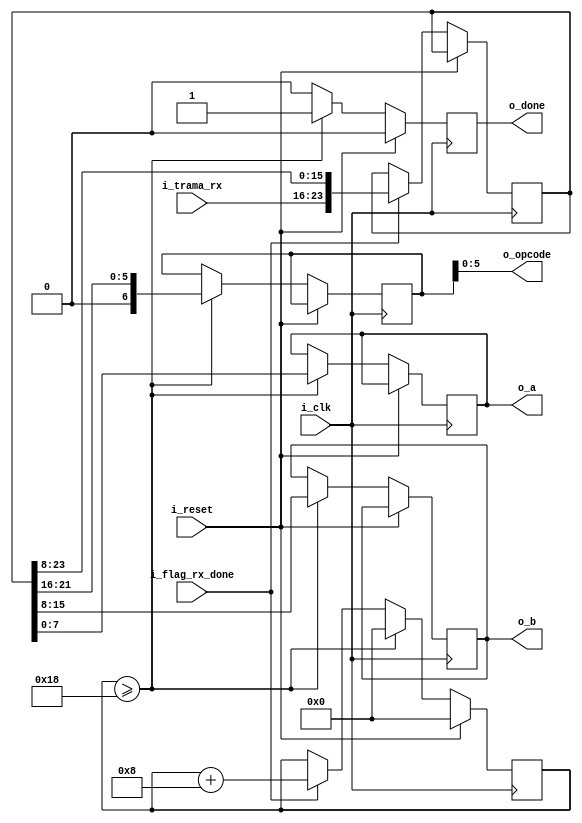
`timescale 1ns / 1ps

//////////////////////////////////////////////////////////////////////////////////
// Company: 
// Engineer: 
// 
// Design Name: 
// Module Name: INTERFAZ
// Project Name: 
// Target Devices: 
// Tool Versions: 
// Description: 
// 
// Dependencies: 
// 
// Revision:
// Revision 0.01 - File Created
// Additional Comments:
// 
//////////////////////////////////////////////////////////////////////////////////

module INTERFAZ
#(  parameter DATA_SIZE = 8,// esto es A y B de la ALU
    parameter  TRAMA_SIZE = 8,  //esto es el tamao del buff que recibo desde RX
    parameter OPCODE_SIZE = 6,//es menor a SIZE_TRAMA !!
    parameter COUNTER_LEN = 5,
    parameter  TOTAL_SIZE = 24//( DATA_SIZE *2 + TRAMA_SIZE) //tamao total

    )
(   input wire                  i_clk,
    input wire                  i_reset,
    input wire                  i_flag_rx_done, //rx_done
    input  wire [(TRAMA_SIZE-1):0] i_trama_rx ,
    output wire [(DATA_SIZE-1):0] o_a,
    output wire [(DATA_SIZE-1):0] o_b,
    output wire [(OPCODE_SIZE-1):0] o_opcode, 
    output wire o_done
 );
     
parameter pointerA_LSB = 0;
parameter pointerA_MSB = TRAMA_SIZE-1;
 
parameter pointerB_LSB = pointerA_MSB+1 ;
parameter pointerB_MSB = pointerB_LSB+DATA_SIZE-1 ;

parameter pointerOP_LSB = pointerB_MSB+1;
parameter pointerOP_MSB = pointerOP_LSB+OPCODE_SIZE-1;


//variables locales 
reg [DATA_SIZE-1:0] a,b;
reg [OPCODE_SIZE:0] op;
reg [DATA_SIZE:0] data_transmitir;
reg [COUNTER_LEN-1:0] counter_bit;
reg [TOTAL_SIZE-1:0] buff_all;
reg done;
always @(posedge i_clk)
begin 
	if(i_reset)
	begin
		counter_bit <= 0;
		done <= 0;
	end
	else
	begin
		if(i_flag_rx_done)
		begin
			buff_all<={i_trama_rx,buff_all[TOTAL_SIZE-1:TRAMA_SIZE]  }; //Empuje
			counter_bit <= counter_bit + TRAMA_SIZE ;
		end
		if(counter_bit >= TOTAL_SIZE )
			begin
			counter_bit <= 0;
			a<= buff_all[pointerA_MSB:pointerA_LSB];
			b<= buff_all[pointerB_MSB:pointerB_LSB];
			op<= buff_all[pointerOP_MSB:pointerOP_LSB];
			done <= 1;
			end
		else
		  done <= 0;
    end
     

end

assign o_done = done;
assign o_a = a;
assign o_b = b;
assign o_opcode = op;

endmodule